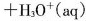
+ H _ { 3 } O ^ { + } ( a q )$$